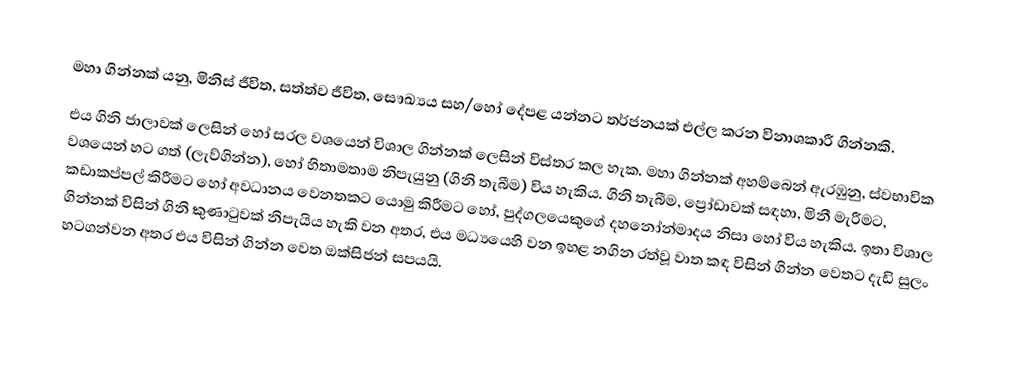
මහා ගින්නක් යනු, මිනිස් ජීවිත, සත්ත්ව ජීවිත, සෞඛ්‍යය සහ/හෝ දේපළ යන්නට   තර්ජනයක් එල්ල කරන විනාශකාරී  ගින්නකි.
එය  ගිනි ජාලාවක් ලෙසින් හෝ සරල වශයෙන් විශාල ගින්නක් ලෙසින් විස්තර කල හැක. මහා ගින්නක් අහම්බෙන් ඇරඹුනු, ස්වභාවික වශයෙන් හට ගත් (ලැව්ගින්න), හෝ හිතාමතාම නිපැයුනු (ගිනි තැබීම) විය හැකිය. ගිනි තැබීම,  ප්‍රෝඩාවක් සඳහා, මිනී මැරීමට, කඩාකප්පල් කිරීමට හෝ  අවධානය වෙනතකට යොමු කිරීමට හෝ, පුද්ගලයෙකුගේ දහනෝන්මාදය නිසා හෝ විය හැකිය. ඉතා විශාල ගින්නක් විසින්  ගිනි කුණාටුවක් නිපැයිය හැකි වන අතර, එය මධ්‍යයෙහි වන ඉහළ නගින රත්වූ වාත කඳ විසින් ගින්න වෙතට දැඩි සුලං හටගන්වන අතර එය විසින් ගින්න වෙත ඔක්සිජන් සපයයි.